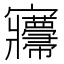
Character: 㝲